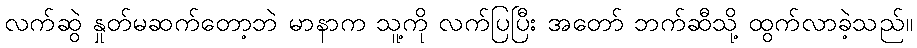
လက်ဆွဲ နှုတ်မဆက်တော့ဘဲ မာနာက သူ့ကို လက်ပြပြီး အတော် ဘက်ဆီသို့ ထွက်လာခဲ့သည်။